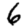
Digit: 6